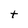
Character: t